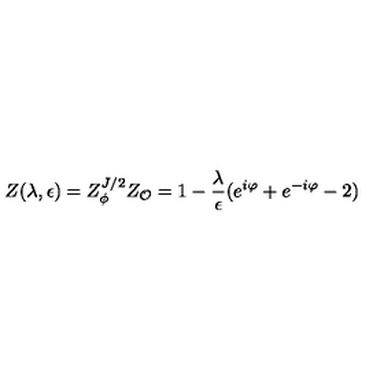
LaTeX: Z ( \lambda , \epsilon ) = Z _ { \phi } ^ { J / 2 } Z _ { \cal O } = 1 - { \frac { \lambda } { \epsilon } } ( e ^ { i \varphi } + e ^ { - i \varphi } - 2 )